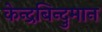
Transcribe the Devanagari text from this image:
केन्द्रबिन्दुमान